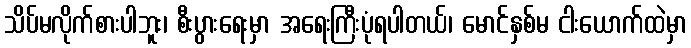
သိပ်မလိုက်စားပါဘူး၊ စီးပွားရေးမှာ အရေးကြီးပုံရပါတယ်၊ မောင်နှစ်မ ငါးယောက်ထဲမှာ